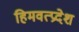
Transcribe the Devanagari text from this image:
हिमवत्प्रदेश